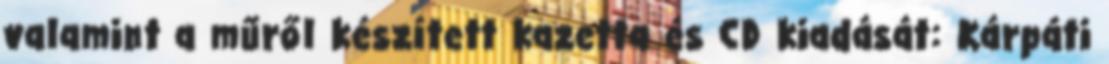
valamint a műről készített kazetta és CD kiadását: Kárpáti